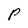
Character: P